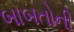
બાબતોની